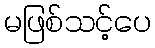
မဖြစ်သင့်ပေ